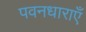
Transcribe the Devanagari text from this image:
पवनधाराएँ